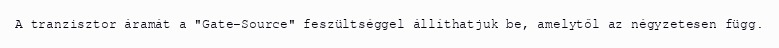
A tranzisztor áramát a "Gate-Source" feszültséggel állíthatjuk be, amelytől az négyzetesen függ.